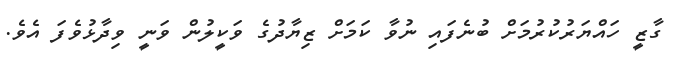
ގާޒީ ހައްޔަރުކުރުމަށް ބުނެފައި ނުވާ ކަމަށް ޒިޔާދުގެ ވަކީލުން ވަނީ ވިދާޅުވެފަ އެވެ.